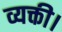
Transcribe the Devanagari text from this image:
व्यक्ती।